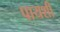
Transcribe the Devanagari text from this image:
पायशी